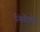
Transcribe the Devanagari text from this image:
नियँत्रक